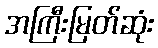
အကြီးမြတ်ဆုံး